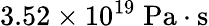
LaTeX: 3.52\times 10^{19}\; \mathrm{Pa\cdot s}